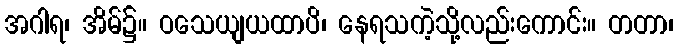
အဂါရ၊ အိမ်၌။ ဝသေယျယထာပိ၊ နေရသကဲ့သို့လည်းကောင်း။ တတာ၊